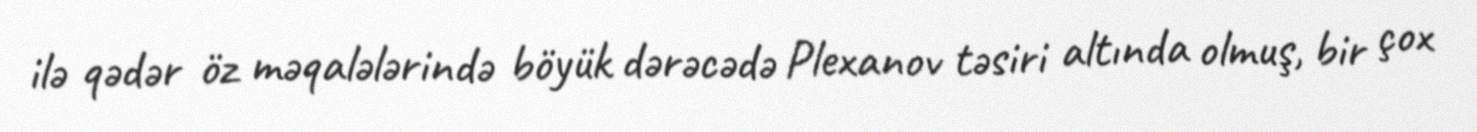
ilə qədər öz məqalələrində böyük dərəcədə Plexanov təsiri altında olmuş, bir çox